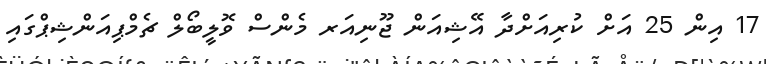
17 އިން 25 އަށް ކުރިއަށްދާ އޭޝިއަން ޖޫނިއަރ މެންސް ވޮލީބޯލް ޗެމްޕިއަންޝިޕްގައި